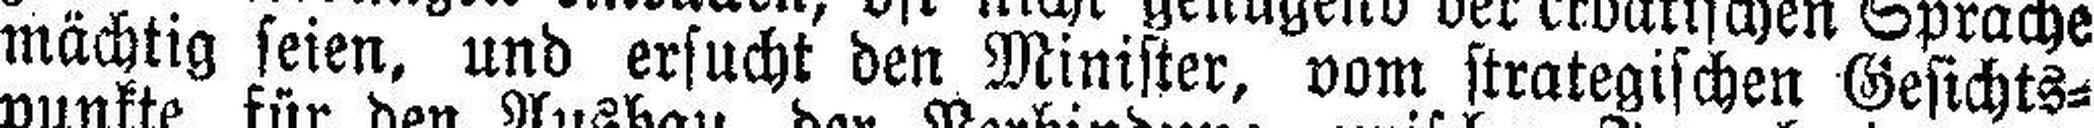
mächtig seien, und ersucht den Minister, vom strategischen Gesichts¬